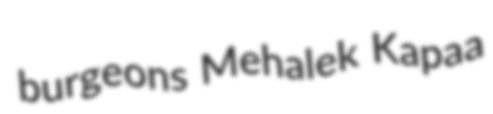
burgeons Mehalek Kapaa